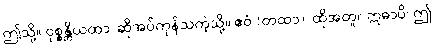
ဤသို့။ ဝုစ္စန္တိယထာ၊ ဆိုအပ်ကုန်သကဲ့သို့။ ဧဝံ (တထာ)၊ ထိုအတူ။ ဣဓာပိ၊ ဤ